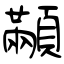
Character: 顢